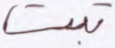
تبت